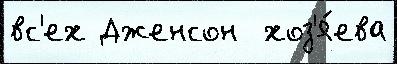
вс'ех Дженсон  хоз'я́ева